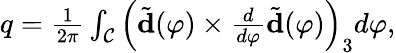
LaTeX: \begin{array}{r}{q=\frac{1}{2\pi}\int_{\mathcal{C}}\left(\tilde{\mathbf{d}}(\varphi)\times\frac{d}{d\varphi}\tilde{\mathbf{d}}(\varphi)\right)_{3}d\varphi,}\end{array}